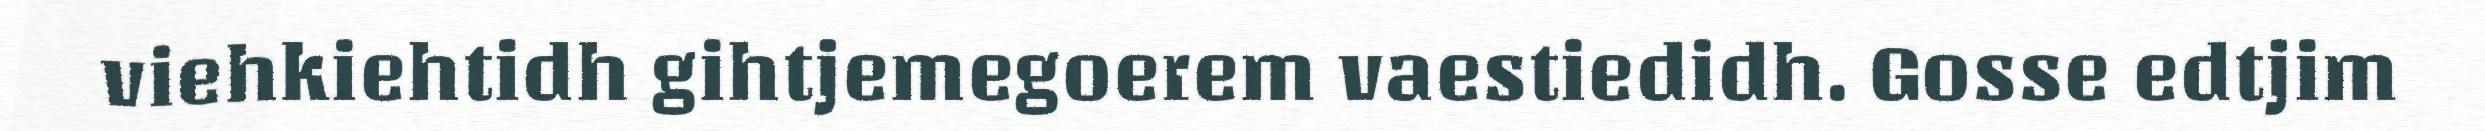
viehkiehtidh gihtjemegoerem vaestiedidh. Gosse edtjim